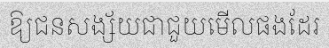
ឱ្យជនសង្ស័យជាជួយមើលផងដែរ